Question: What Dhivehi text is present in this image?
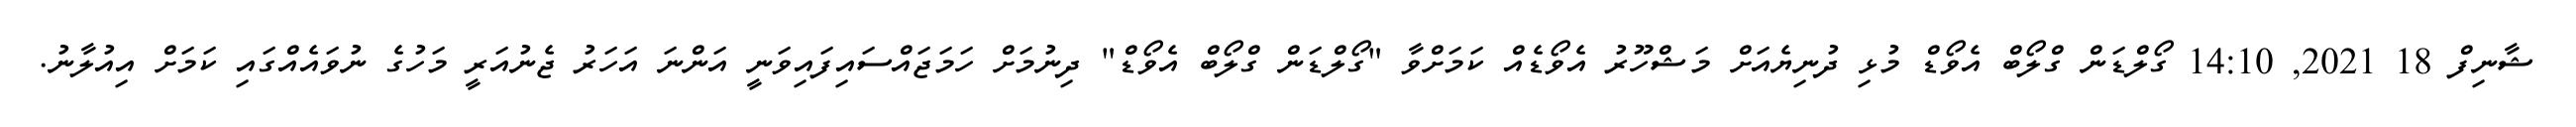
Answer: ޝާނިފް 18 2021, 14:10 ގޯލްޑަން ގްލޯބް އެވޯޑް މުޅި ދުނިޔެއަށް މަޝްހޫރު އެވޯޑެއް ކަމަށްވާ "ގޯލްޑަން ގްލޯބް އެވޯޑް" ދިނުމަށް ހަމަޖައްސައިފައިވަނީ އަންނަ އަހަރު ޖެނުއަރީ މަހުގެ ނުވައެއްގައި ކަމަށް އިއުލާނު.